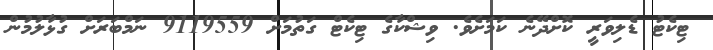
ޓިކެޓު ޑެލިވަރީ ކޮށްދޭނެ ކަމަށެވެ. ވިޝްކާގެ ޓިކެޓް ގަތުމަށް 9119559 ނަމްބަރަށް ގުޅާލުމުން